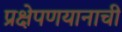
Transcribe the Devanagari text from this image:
प्रक्षेपणयानाची